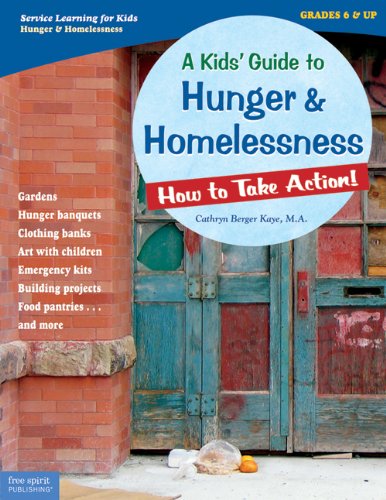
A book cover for A Kids' Guide to Hunger & Homelessness: How to Take Action! (How to Take Action! Series); Cathryn Berger Kaye M.A.; Business & Money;